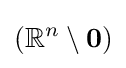
\left(\mathbb {R} ^{n}\setminus \mathbf {0} \right)